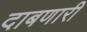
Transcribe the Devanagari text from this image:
दाबणारी